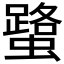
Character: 𧒍